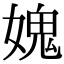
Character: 媿